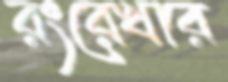
রংরেখার